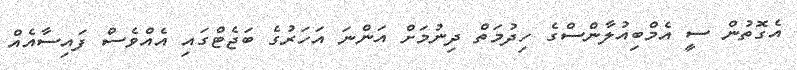
އެގޮތުން ސީ އެމްބިއުލާންސްގެ ހިދުމަތް ދިނުމަށް އަންނަ އަހަރުގެ ބަޖެޓްގައި އެއްވެސް ފައިސާއެއް